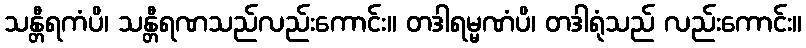
သန္တီရကံပိ၊ သန္တီရဏသည်လည်းကောင်း။ တဒါရမ္မဏံပိ၊ တဒါရုံသည် လည်းကောင်း။